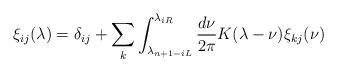
LaTeX: \begin{align*} \xi_{ij}(\lambda) = \delta_{ij} + \sum_k \int_{\lambda_{n+1-iL}}^{\lambda_{iR}}\frac{d\nu}{2\pi}K(\lambda-\nu)\xi_{kj}(\nu)\end{align*}